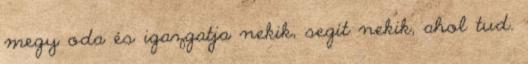
megy oda és igazgatja nekik, segít nekik, ahol tud.